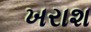
ખરાશ